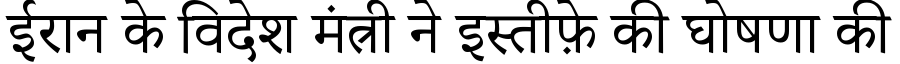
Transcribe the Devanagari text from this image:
ईरान के विदेश मंत्री ने इस्तीफ़े की घोषणा की